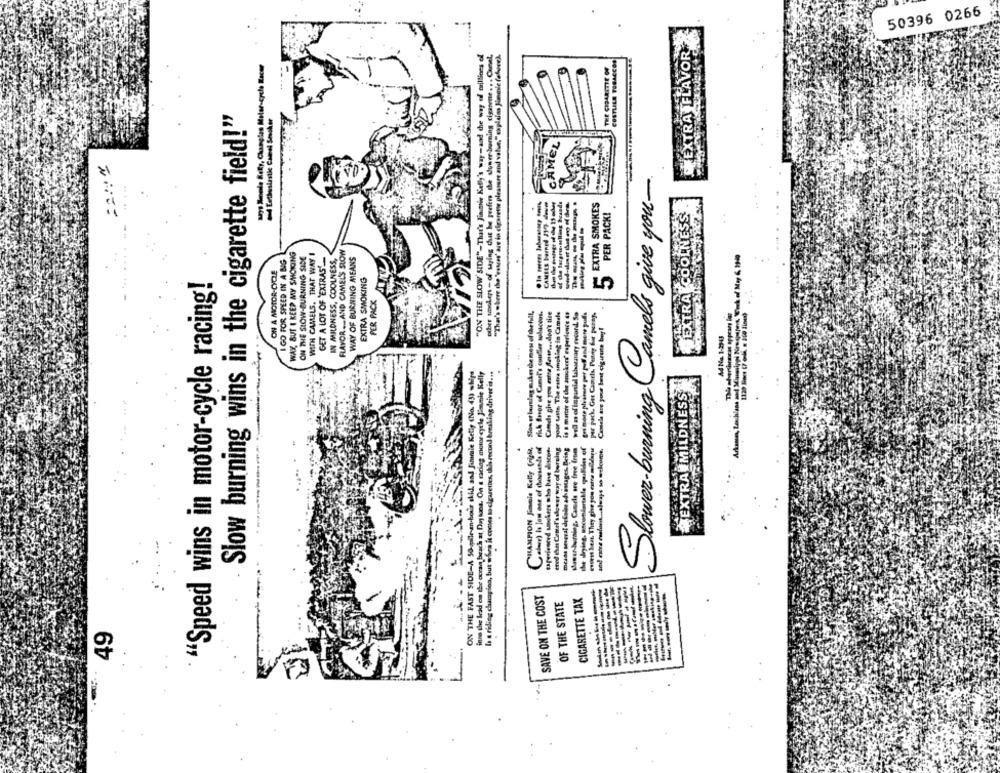
50396 0266
EXTRA FLAVOR
"ON THE SLOW SIDE"-That's Jimmie Kelly's way-and the way of trillices of
"That's where the 'vouas' are in cigarette pleasure and value," explains Jimmie (above).
other smokers - of saying chuat he prefers de somer burning cigarette ... Chevel,
COSTLILE TOBACCOS
THE CIGARETTE OF
Slow burning wins in the cigarette field!"
Letheslastic Cheel Sesokor
CAMEL
Slower-burning Camels give you-
of the lacgru-selling brands
CAMEES bored 217 de
EXTRA SMOKES
WEXTRAECOOLNESS
PER PACK!
WAY, BUT I KEEP MY SMOKING
ON THE SLOW-BURNING SIDE
WITH CAMELS. THAT WAYI
GET A LOT OF 'EXTRAS'-
IN MILDNESS, COOLNESS,
RRAYOR .. AND CAMELS SLOW
I GO FOR SPEED IN A BIG
WAY OF BURNING MEANS
ON A MOTOR-CYCLE
EXTRA SMOKING
"Speed wins in motor-cycle racing!
PER PACK
Slow et bareleg suker de mes of the full,
rich favor of Camel's couldler solaceos.
Cancha give you extra fest ... don't tire
your uste The estra smoking in Camels
is a matter of the amoker experience 43
well as of inpartial laboratory record. So
gri more pleasure per pooff and more puffs
Cassela are your lant ciguruste but
skil and Jimmie Kelly (No. 43) ships
On a racing motor cycle Jimmie Kelly
garethes, this recond breaking driver d ...
EXTRA MILDNESS
CHAMPION Finale Kelly (righe,
cred tan Cemel'salga er way of burning
means several delate advantages. Being
---------
esoes lean. They give you extre midapie
ON THE FAST SIDE-A 50-milean-bo
inne the lead on the coran beach at Day toe
I s riding champion, but when it comes to
SAVE ON THE COST
OF THE STATE
CIGARETTE TAX
49
.